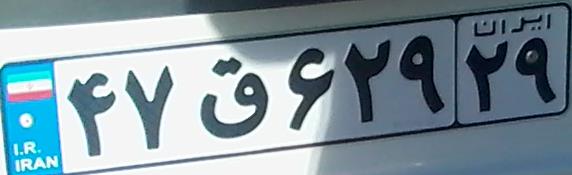
۴۷ق۶۲۹۲۹